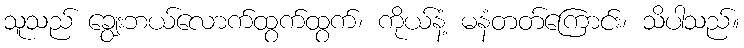
သူသည် ချွေးဘယ်လောက်ထွက်ထွက်၊ ကိုယ်နံ့ မနံတတ်ကြောင်း၊ သိပါသည်။